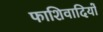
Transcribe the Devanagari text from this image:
फाशिवादियों